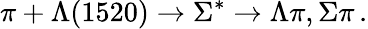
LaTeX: \pi+\Lambda(1520)\rightarrow\Sigma^{*}\rightarrow\Lambda\pi,\Sigma\pi\, .